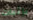
بإثبات